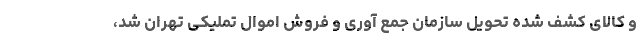
و کالای کشف شده تحویل سازمان جمع آوری و فروش اموال تملیکی تهران شد،